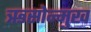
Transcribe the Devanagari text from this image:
ऋसोन्मुख